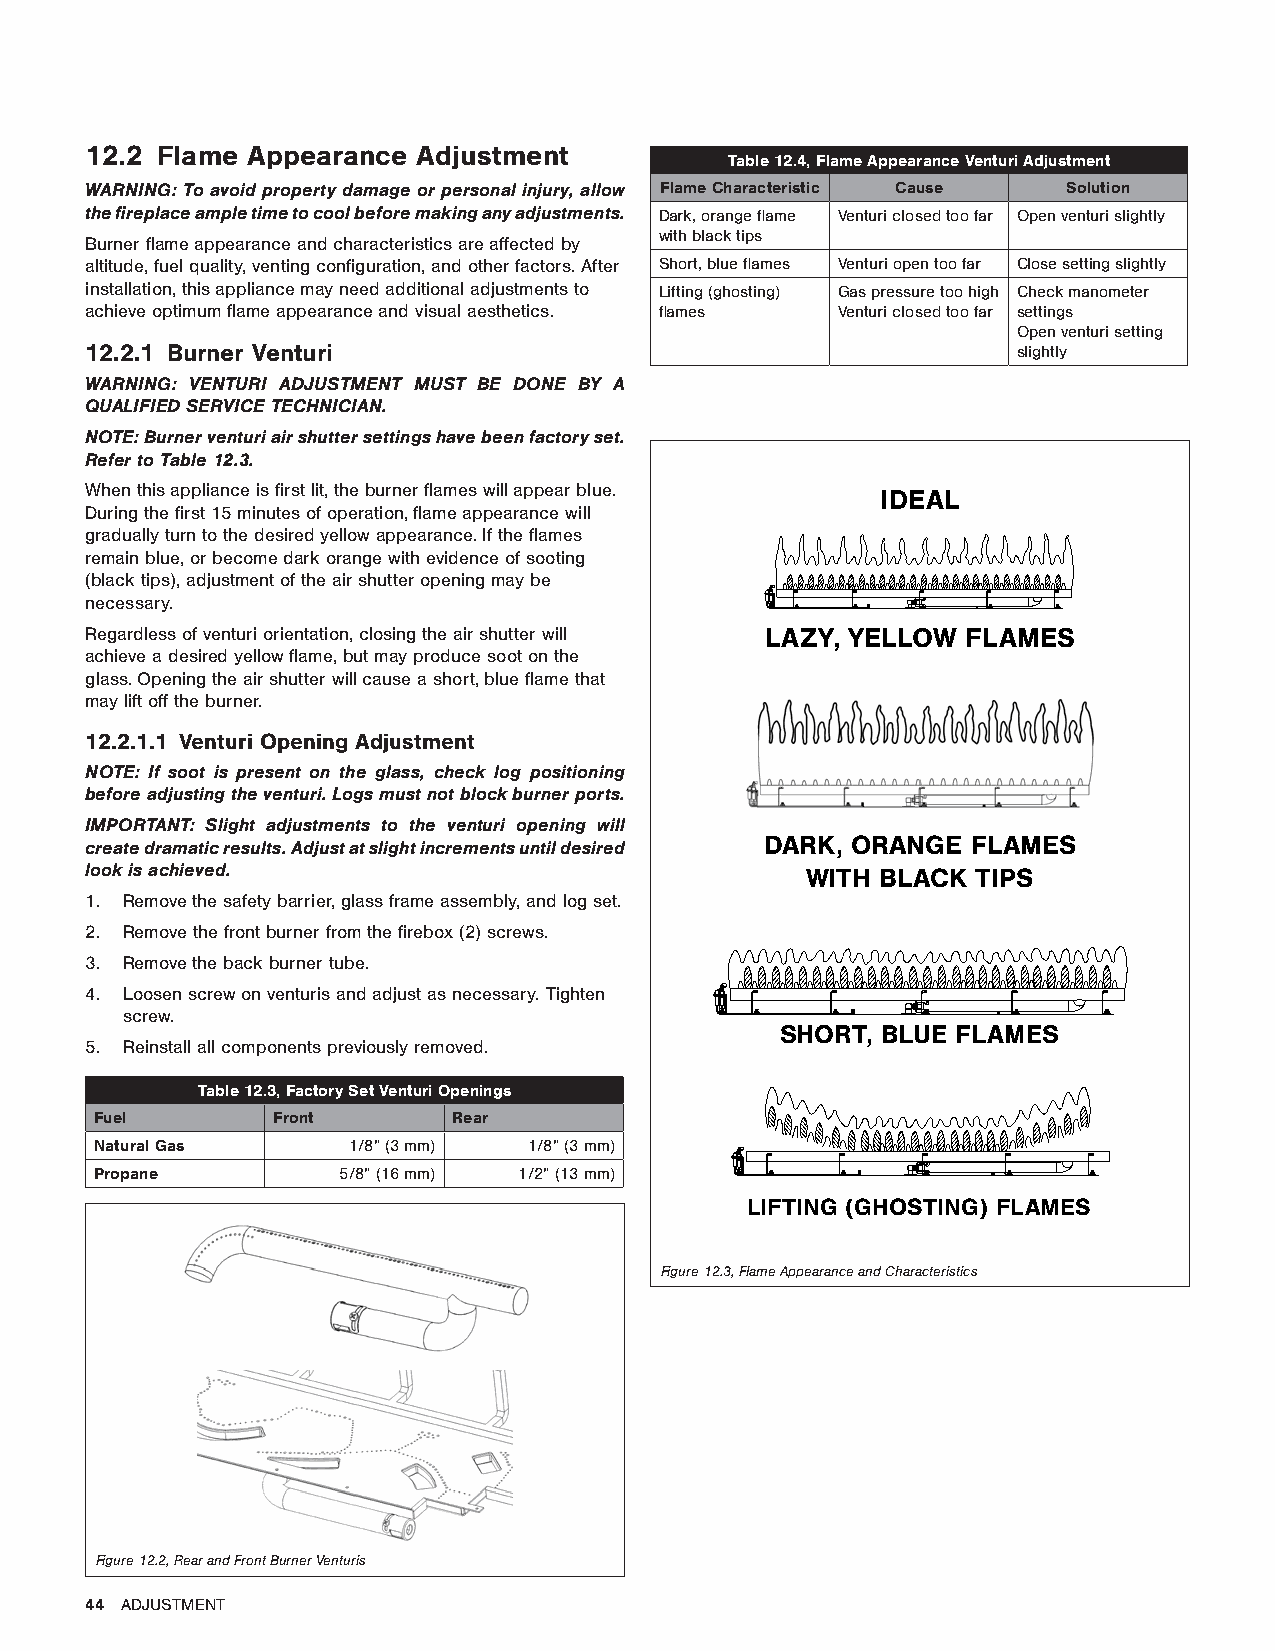
12.2 Flame Appearance Adjustment
 Table 12.4, Flame Appearance Venturi Adjustment
 WARNING: To avoid property damage or personal injury, allow Flame Characteristic Cause Solution
 the fireplace ample time to cool before making any adjustments. Dark, orange flame Venturi closed too far Open venturi slightly
 with black tips
 Burner flame appearance and characteristics are affected by
 altitude, fuel quality, venting configuration, and other factors. After Short, blue flames Venturi open too far Close setting slightly
 installation, this appliance may need additional adjustments to Lifting (ghosting) Gas pressure too high Check manometer
 achieve optimum flame appearance and visual aesthetics. flames Venturi closed too far settings
 Open venturi setting
 12.2.1 Burner Venturi                                        slightly
 WARNING: VENTURI ADJUSTMENT MUST BE DONE BY A
 QUALIFIED SERVICE TECHNICIAN.
 NOTE: Burner venturi air shutter settings have been factory set.
 Refer to Table 12.3.
 When this appliance is first lit, the burner flames will appear blue. IDEAL
 During the first 15 minutes of operation, flame appearance will
 gradually turn to the desired yellow appearance. If the flames
 remain blue, or become dark orange with evidence of sooting
 (black tips), adjustment of the air shutter opening may be
 necessary.
 Regardless of venturi orientation, closing the air shutter will LAZY, YELLOW FLAMES
 achieve a desired yellow flame, but may produce soot on the
 glass. Opening the air shutter will cause a short, blue flame that
 may lift off the burner.
 12.2.1.1 Venturi Opening Adjustment
 NOTE: If soot is present on the glass, check log positioning
 before adjusting the venturi. Logs must not block burner ports.
 IMPORTANT: Slight adjustments to the venturi opening will
 DARK, ORANGE FLAMES
 create dramatic results. Adjust at slight increments until desired
 look is achieved.                              WITH BLACK  TIPS
 1. Remove the safety barrier, glass frame assembly, and log set.
 2. Remove the front burner from the firebox (2) screws.
 3. Remove the back burner tube.
 4. Loosen screw on venturis and adjust as necessary. Tighten
 screw.
 SHORT, BLUE FLAMES
 5. Reinstall all components previously removed.
 Table 12.3, Factory Set Venturi Openings
 Fuel        Front       Rear
 Natural Gas      1/8” (3 mm) 1/8” (3 mm)
 Propane         5/8” (16 mm) 1/2” (13 mm)
 LIFTING (GHOSTING) FLAMES
 Figure 12.3, Flame Appearance and Characteristics
 Figure 12.2, Rear and Front Burner Venturis
 44 ADJUSTMENT